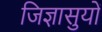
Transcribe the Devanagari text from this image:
जिज्ञासुयों